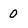
Character: 0